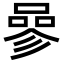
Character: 𠻝